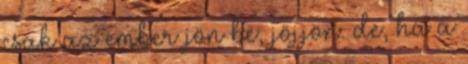
csak az ember jön be, jöjjön. de, ha a